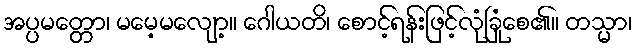
အပ္ပမတ္တော၊ မမေ့မလျော့။ ဂေါယတိ၊ စောင့်ရန်းဖြင့်လုံခြုံစေ၏။ တသ္မာ၊